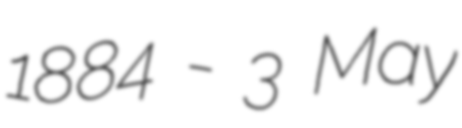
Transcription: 1884 - 3 May